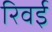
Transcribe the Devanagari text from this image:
रिवई